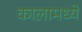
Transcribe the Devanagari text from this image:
कालामध्ये